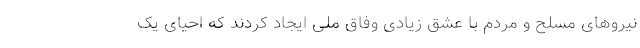
نیروهای مسلح و مردم با عشق زیادی وفاق ملی ایجاد کردند که احیای یک